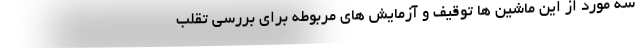
سه مورد از این ماشین ها توقیف و آزمایش های مربوطه برای بررسی تقلب